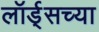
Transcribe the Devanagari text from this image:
लॉर्ड्‌सच्या